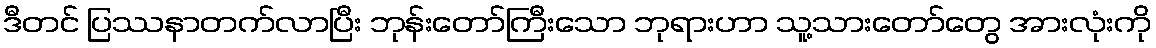
ဒီတင် ပြဿနာတက်လာပြီး ဘုန်းတော်ကြီးသော ဘုရားဟာ သူ့သားတော်တွေ အားလုံးကို